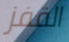
القفز